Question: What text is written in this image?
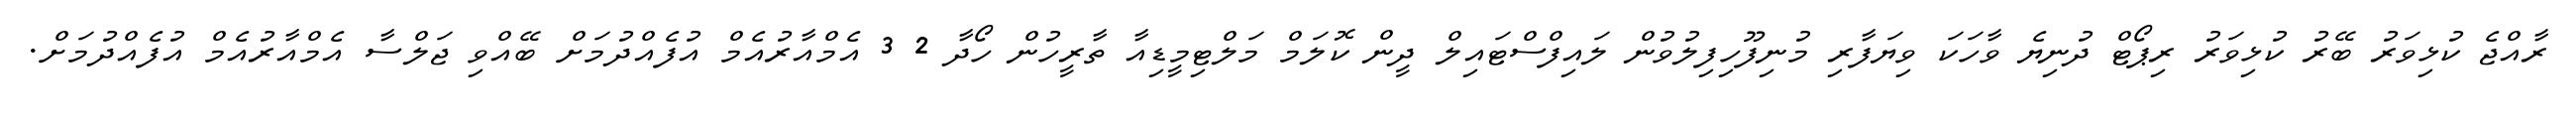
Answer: ރާއްޖެ ކުޅިވަރު ބޭރު ކުޅިވަރު ރިޕޯޓް ދުނިޔެ ވާހަކަ ވިޔަފާރި މުނިފޫހިފިލުވުން ލައިފްސްޓައިލް ދީން ކޮލަމް މަލްޓިމީޑިއާ ތާރީހުން ހޯދާ 2 3 އެމްއާރުއެމް އުފެއްދުމަށް ބޭއްވި ޖަލްސާ އެމްއާރުއެމް އުފެއްދުމަށް.